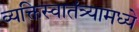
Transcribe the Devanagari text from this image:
व्यक्तिस्वातंत्र्यामध्ये